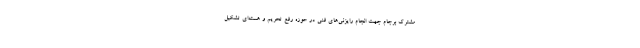
مشترک برجام جهت انجام رایزنی‌های فنی در حوزه رفع تحریم و هسته‌ای تشکیل